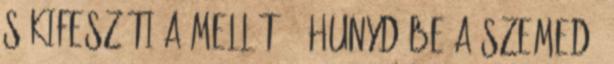
s kifeszíti a mellét. - Hunyd be a szemed,